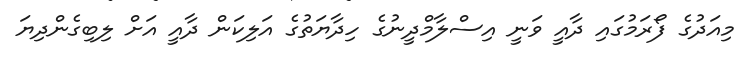
މިއަދުގެ ފޯރަމުގައި ދާއީ ވަނީ އިސްލާމްދީނުގެ ހިދާޔަތުގެ އަލިކަން ދާއީ އަށް ލިބިގެންދިޔަ